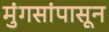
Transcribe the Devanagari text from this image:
मुंगसांपासून